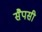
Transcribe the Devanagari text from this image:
सैपसी